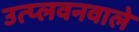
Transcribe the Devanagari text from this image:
उत्प्लवनवाले